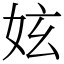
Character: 妶